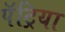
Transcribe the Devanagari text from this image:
पॅट्रिया